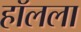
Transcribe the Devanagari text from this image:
हॉलला